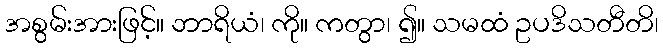
အစွမ်းအားဖြင့်။ ဘာရိယံ၊ ကို။ ကတွာ၊ ၍။ သမထံ ဥပဒိသတီတိ၊